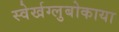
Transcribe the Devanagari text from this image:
स्वेर्खग्लुबोकाया